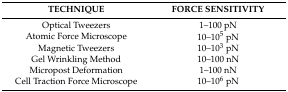
| TECHNIQUE | FORCE SENSITIVITY |
 | --- | --- |
 | Optical Tweezers | 1–100 pN |
 | Atomic Force Microscope | 10–105 pN |
 | Magnetic Tweezers | 10–103 pN |
 | Gel Wrinkling Method | 10–100 nN |
 | Micropost Deformation | 1–100 nN |
 | Cell Traction Force Microscope | 10–106 pN |